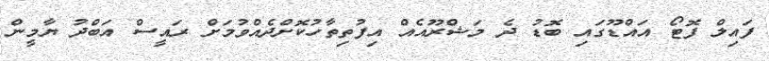
ފައިލް ފޮޓޯ އައްޑޫގައި ބޮޑު ދެ މަަޝްރޫއެއް އިފުތިތާހުކޮށްދެއްވުމަށް ރައީސް އަބްދު ޔާމީން